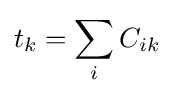
t_{k}=\sum _{i}C_{ik}